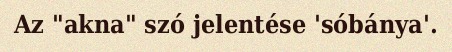
Az "akna" szó jelentése 'sóbánya'.